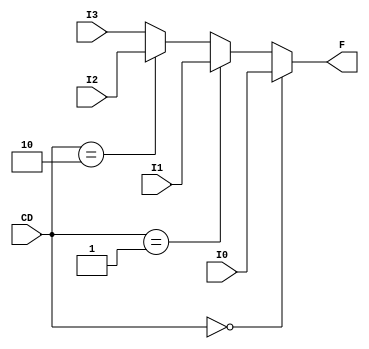
module mux4to1_ifelse(input [3:0] I0, input [3:0] I1, input [3:0] I2, input [3:0] I3, input [1:0] CD, output reg [3:0] F);

    always @(I0 or I1 or I2 or I3 or CD) 
    begin
        if(CD == 2'b00)
        begin
            #10 F = I0;
        end
        else if(CD == 2'b01)
        begin
            #10 F = I1;
        end
        else if(CD == 2'b10)
        begin
            #10 F = I2;
        end
        else
        begin
            #10 F = I3;
        end 
    end

endmodule